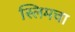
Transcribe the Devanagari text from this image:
स्लिमचा